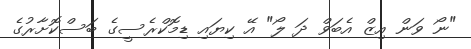
"ނޯ ވަން އިޒް އެބަވް ދަ ލޯ" އޭ ކިޔައި ޑިމޮކްރެސީގެ ބަސްކޮށާރުގެ